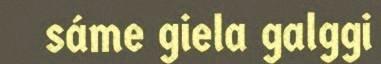
sáme giela galggi